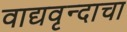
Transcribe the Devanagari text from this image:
वाद्यवृन्दाचा